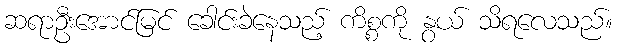
ဆရာဦးအောင်မြင် ခေါင်းခဲနေသည့် ကိစ္စကို နွယ် သိရလေသည်။